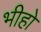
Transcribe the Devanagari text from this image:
भीहो